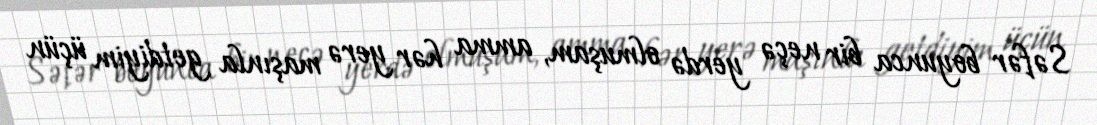
Səfər boyunca bir neçə yerdə olmuşam, amma hər yerə maşınla getdiyim üçün